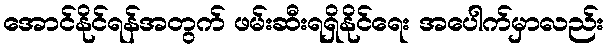
အောင်နိုင်ရန်အတွက် ဖမ်းဆီးရရှိနိုင်ရေး အပေါက်မှာလည်း